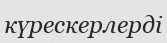
күрескерлерді